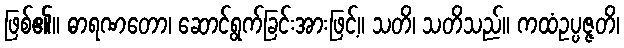
ဖြစ်၏။ ဓာရဏတော၊ ဆောင်ရွက်ခြင်းအားဖြင့်။ သတိ၊ သတိသည်။ ကထံဥပ္ပဇ္ဇတိ၊